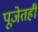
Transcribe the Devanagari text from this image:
पूजेतही